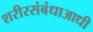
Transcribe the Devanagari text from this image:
शरीरसंबंधाआधी